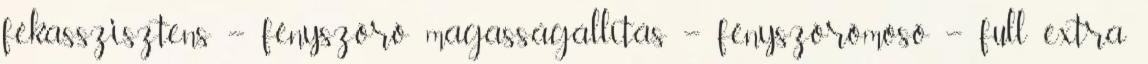
fékasszisztens – fényszóró magasságállítás – fényszórómosó – full extra